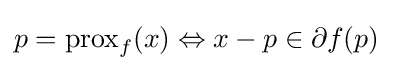
p=\operatorname {prox} _{f}(x)\Leftrightarrow x-p\in \partial f(p)